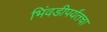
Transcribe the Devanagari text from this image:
भिंवडीपर्यंतचा